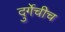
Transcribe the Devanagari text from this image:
दुर्गेचीच